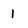
Character: l